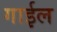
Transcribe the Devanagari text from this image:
गाईल